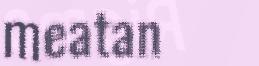
meatan